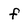
Character: f